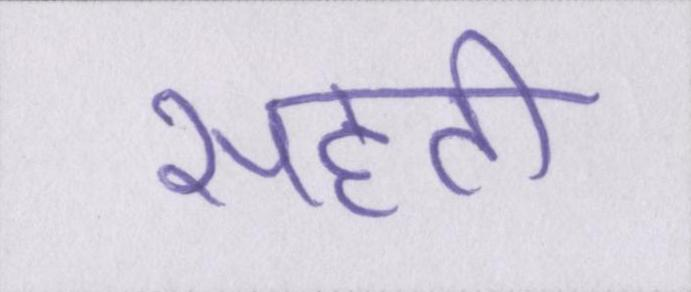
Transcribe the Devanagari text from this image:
सहती